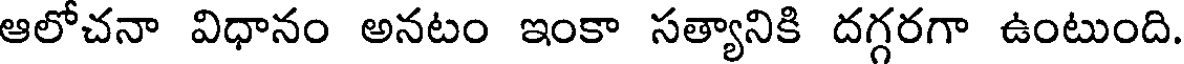
ఆలోచనా విధానం అనటం ఇంకా సత్యానికి దగ్గరగా ఉంటుంది.